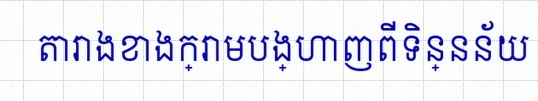
តារាងខាងក្រោមបង្ហាញពីទិន្នន័យ